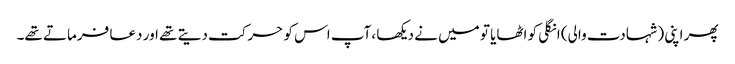
پھر اپنی (شہادت والی) انگلی کو اٹھایا تو میں نے دیکھا ،آپ اس کو حرکت دیتے تھے اور دعا فرماتے تھے۔